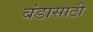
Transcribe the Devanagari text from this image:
बंडासाठी